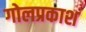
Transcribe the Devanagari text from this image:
गोलप्रकाश